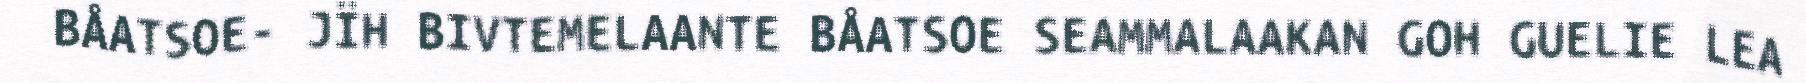
BÅATSOE- JÏH BIVTEMELAANTE BÅATSOE SEAMMALAAKAN GOH GUELIE LEA